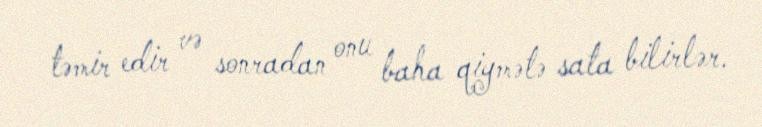
təmir edir və sonradan onu baha qiymətə sata bilirlər.